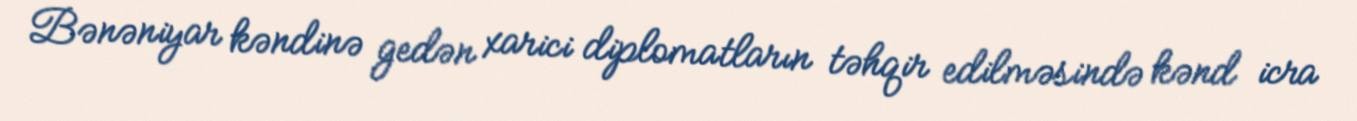
Bənəniyar kəndinə gedən xarici diplomatların təhqir edilməsində kənd icra